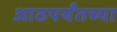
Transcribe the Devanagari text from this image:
आठपर्यंतच्या